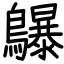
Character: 鸔